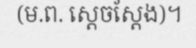
(ម.ព. ស្តេចស្តែង)។